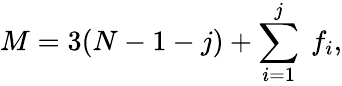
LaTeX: M=3(N-1-j)+\sum_{i=1}^{j}\ f_{i},